Report on the administration of the Government Cinchona Department 1892-98
Year: 1892
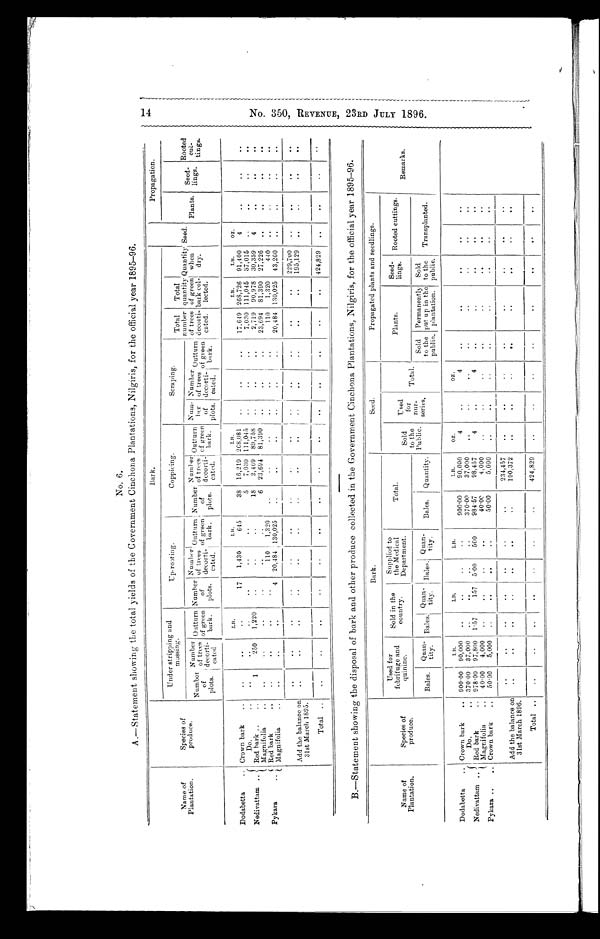
No. 6.
A.-Statement showing the total yields of the Government Cinchona Plantations, Nilgiris, for the officialyear 1895-96
Name of
Plantation.
Species of
produce.
Bark.
Seed.
Propagation.
Under stripping and
mu s s i n g .
u p - r o o t i n g .
Coppicing.
Scraping.
Total
Total
Number
of
plots.
Number
of trees
d
decorti-
Cated
Outturn
of green
bark.
Number
of t
plots'
Number \
u
f trees
r
decoti-
cated.
Outturn
of green
bark .
Number
of
p l o t s .
N umber mber
of t rees d e c o r t i -
cated
Outturn
of gree n b a r k
Num -
ber
of
plots.
Number
of trees
decorti-
cated.
Outturn
off green
bark.
number
of trees
decorti-
cated.
quantity
of green
bark col.
lected.
Quantity
when
dry.
Plants.
Seed-
lings.
R o o t e d
cut-.-
tings
LB.
LB.
LB.
LB.
LB.
oz.
Dodabetta
.. Crown bark
. .
. .
. .
17
1,430
645
38
16,219 268,081
. .
. .
17,649 268,726
91,400
4
. .
. .
. .
1
. .
250
1,220
.
. . .
. . .
. .
. . .
5
18
6
7,030
2,469
23,694
111,045
89,758
81,390
. .
.
.
. .
. .
. .
. '
7,030
2,719
23,694
111,045
90,978
81,390
37,015
30,359
27,226
. .
4
. .
. .
. .
. .
. .
. .
. .
..
.
Nedivattam..
Do.
Red bark ..
. .
Magnifolia
Pykara
.
Red bark
..
Magnifolia
. .
. .
. .
. .
. .
. .
.
.
4
110
20,484
1,320
130,025
. .
. .
. .
-
. .
. .
.
. .
110
20,484
1,320
130,025
440
13,260
. .
.
,
. .
. .
. .
. .
. .
Add the balance on
31st March 1895.
. .
. .
. .
. .
.
.
.
.
.
.
.
.
. .
. .
. .
.
.
.
.
. . . .
. .
. .
. .
. .
. .
229,700
195,129
.
. .
. .
. .
. .
. .
Total
. .
. .
. .
.
.
.
.
. .
. .
. .
. .
. .
. .
. .
424,829
. .
. .
. .
. .
B.-Statement showing the disposal of hark and other produce collected in the Government Cinchona Plantations, Nilgiris, for the official year 1895-96.
B a r k .
S e e d .
Propagated plants and seedlings.
Name of
Plantation.
Species of
prod uce.
Used for
febrifuge and
quinine.
Sold in
e
the
country.
Supplied to
the Medical
Department.
T o t a l .
Sold
to the
Public.
Used
for
n ur
-
s e r i e s .
Total.
Pl a nt s .
Seed
limgs. Rooted cuttings.
Remarks.
Bales.
ua
Quin- tity.
Bales.
Quan -
tity.
Bales.
Q an -
tity.
Bales.
Quantit y .
Sold
to the
public.
Permanently
put up in the
plantation.
Sold
to the
public.
Transplanted.
Dodabetta
. . Crown bark
. .
900. 00
L B.
90,000
. .
LB.
. .
LB,
900.00
L B .
90,000
OZ.
4
. .
0 Z .
4
. .
. .
.
.
. .
. .
Nedivattam ..
Pykara ..
Do.
. .
Red bark
. .
Magnifolia
. .
Crown bark
. .
370.00
978-00
4 0 . 0 0
5 0 . 0 0
37,000
97,800
4,000
5,000
. .
1. 57
. .
. .
157
. .
5.00
. .
500
. .
370.00
984.57
40-00
50.00
37,000
98,457
4,000
5,000
. .
4
. .
. .
. .
. .
. .
. .
4
. .
. .
. .
. .
. .
. .
. .
. .
. .
"
.
.
. .
. .
. .
. .
. .
. .
. .
Add the balance on
31st March 1896.
. .
. .
. .
. .
.
.
. .
. .
. .
. .
. .
. .
234,457
190,372
. .
. .
. .
. .
. .
. .
. .
. .
. .
. .
. .
. .
Total..
. .
.
.
. . . .
. .
. . 424,829
. .
. .
. .
. .
. .
.
.
. .
. .
1 4 N O . 3 5 0 , R E V E N U E , 2 3 R D J U L Y 1 8 9 6 .